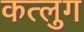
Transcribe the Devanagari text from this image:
कत्लुग